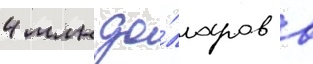
4 млн до́лларов в